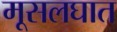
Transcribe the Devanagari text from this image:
मूसलघात